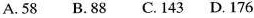
A.58 B.88 C.143 D.176